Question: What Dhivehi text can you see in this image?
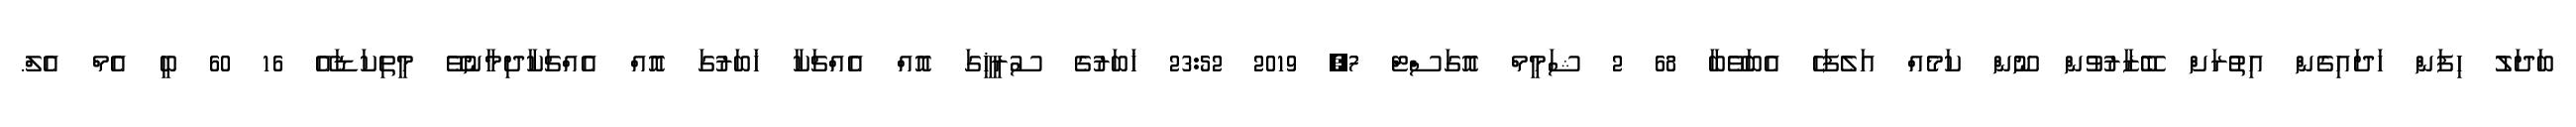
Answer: ބަދަލު ހިފަން ހަދައިގެން އިތުރަށް ބޭޒާރުވުން ނޫން ކަމެއް އަލެފަހެ އެބަވޭބާ 68 2 ޝަމީމް އޮގަސްޓް 7, 2019 23:52 ޚަބަރުގެ ސުރީޚީގަ އޮއް އެއްޗަކާ ޚަބަރުގަ އޮއް އެއްޗަކާދިމާނުވޭ މީތިކަޑައޭ 16 60 ބީ އެމް އެލް.